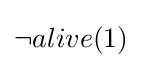
\neg alive(1)